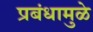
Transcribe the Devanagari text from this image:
प्रबंधामुळे